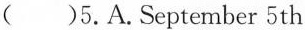
( )5.A.September 5th